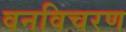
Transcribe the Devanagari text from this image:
वनविचरण